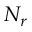
N _ { r }